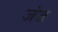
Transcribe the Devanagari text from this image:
जंज